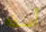
أسفه